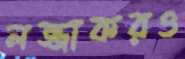
লজ্জাকরও